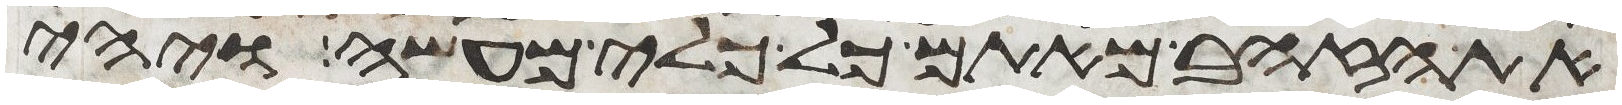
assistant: את הזהב מאתם כל כלי מעשה ויהי